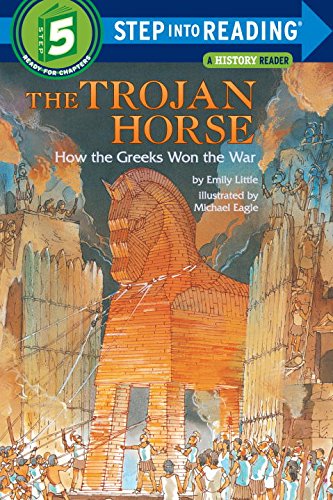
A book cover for The Trojan Horse: How the Greeks Won the War (Step into Reading); Emily Little; Children's Books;